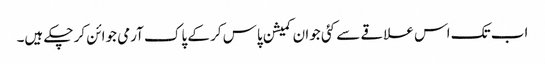
اب تک اس علاقے سے کئی جوان کمیشن پاس کر کے پاک آرمی جوائن کر چکے ہیں۔